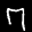
Label: 7